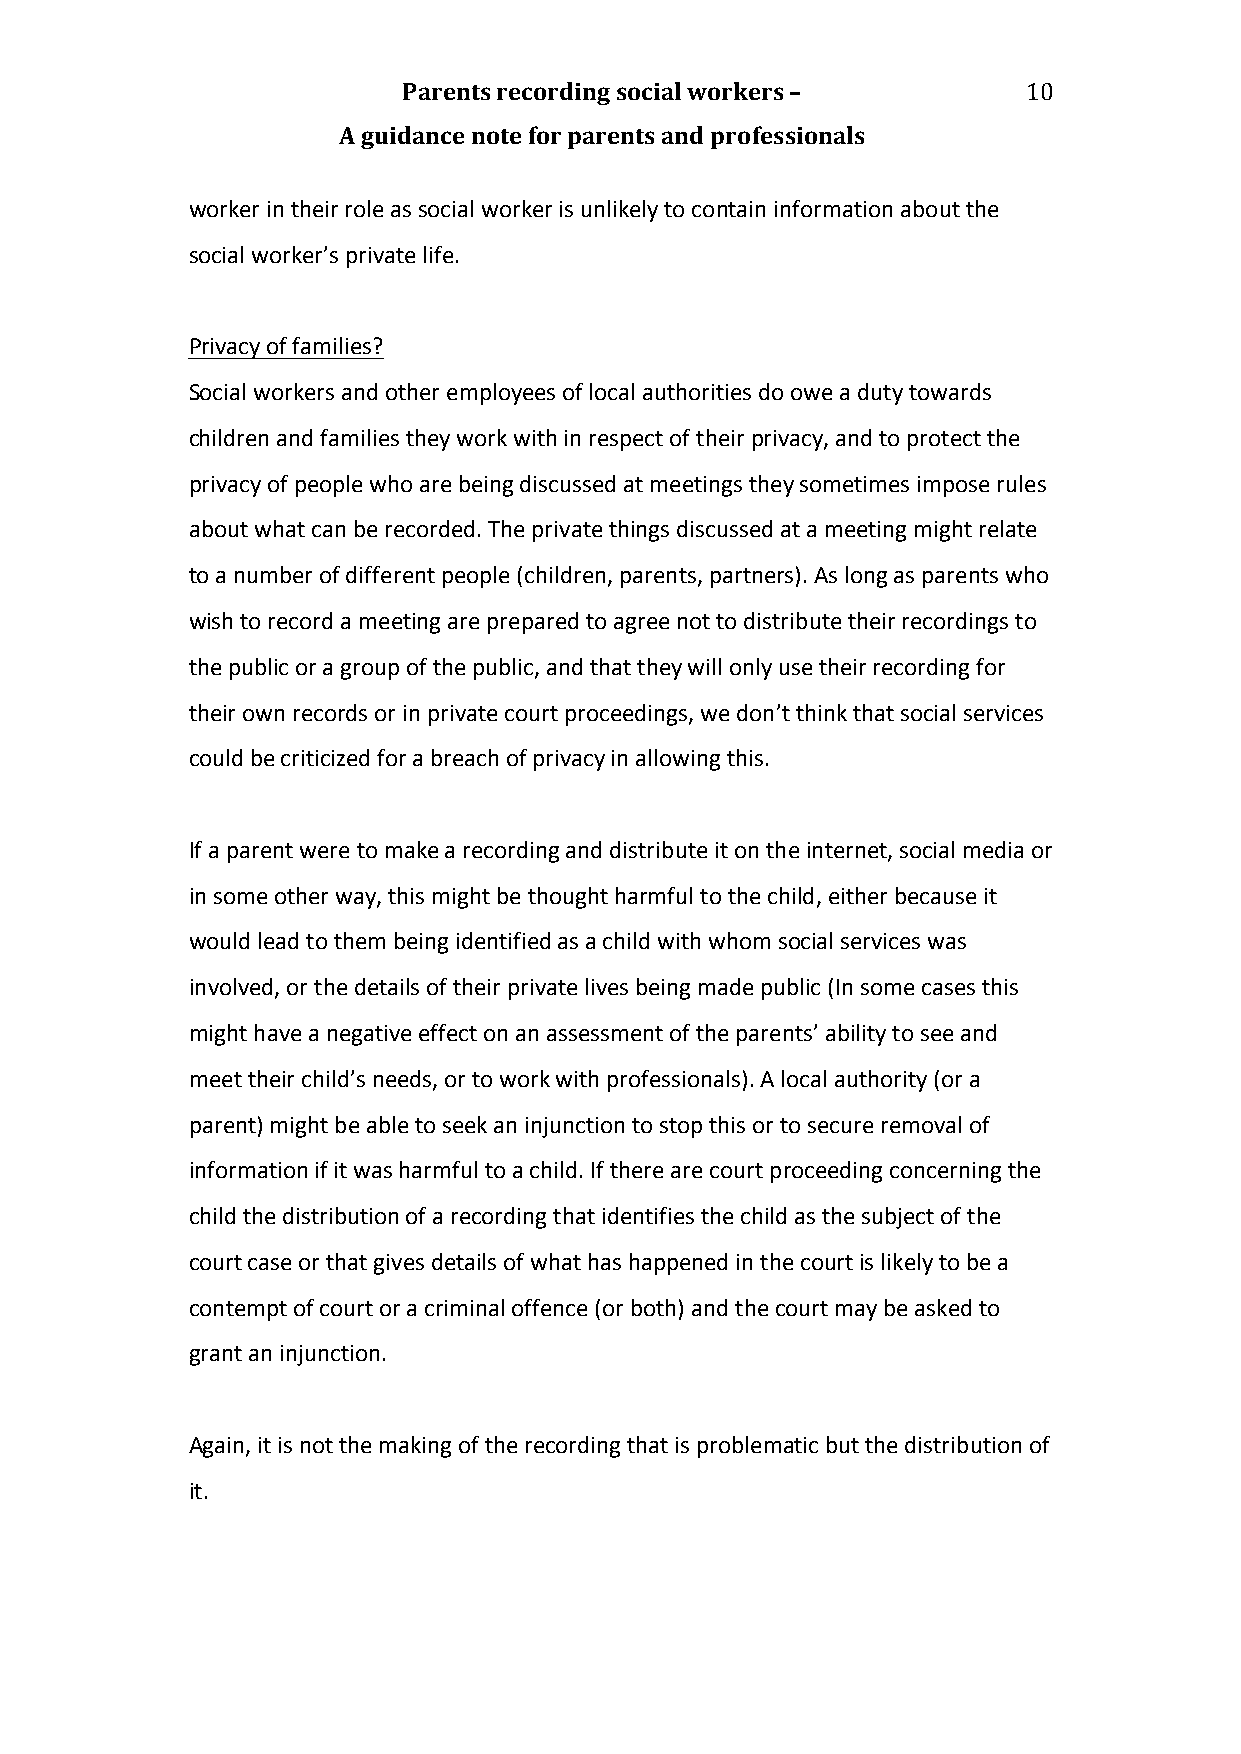
Parents recording social workers –       10
 A guidance note for parents and professionals
 worker in their role as social worker is unlikely to contain information about the
 social worker’s private life.
 Privacy of families?
 Social workers and other employees of local authorities do owe a duty towards
 children and families they work with in respect of their privacy, and to protect the
 privacy of people who are being discussed at meetings they sometimes impose rules
 about what can be recorded. The private things discussed at a meeting might relate
 to a number of different people (children, parents, partners). As long as parents who
 wish to record a meeting are prepared to agree not to distribute their recordings to
 the public or a group of the public, and that they will only use their recording for
 their own records or in private court proceedings, we don’t think that social services
 could be criticized for a breach of privacy in allowing this.
 If a parent were to make a recording and distribute it on the internet, social media or
 in some other way, this might be thought harmful to the child, either because it
 would lead to them being identified as a child with whom social services was
 involved, or the details of their private lives being made public (In some cases this
 might have a negative effect on an assessment of the parents’ ability to see and
 meet their child’s needs, or to work with professionals). A local authority (or a
 parent) might be able to seek an injunction to stop this or to secure removal of
 information if it was harmful to a child. If there are court proceeding concerning the
 child the distribution of a recording that identifies the child as the subject of the
 court case or that gives details of what has happened in the court is likely to be a
 contempt of court or a criminal offence (or both) and the court may be asked to
 grant an injunction.
 Again, it is not the making of the recording that is problematic but the distribution of
 it.